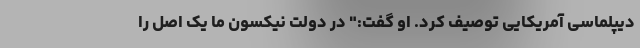
دیپلماسی آمریکایی توصیف کرد. او گفت:" در دولت نیکسون ما یک اصل را